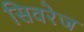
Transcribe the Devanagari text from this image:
सिवरेज